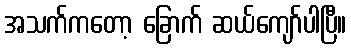
အသက်ကတော့ ခြောက် ဆယ်ကျော်ပါပြီ။